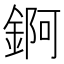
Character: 錒